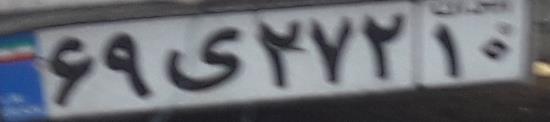
۶۹ی۲۷۲۱۰